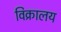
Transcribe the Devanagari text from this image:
विक्रालय